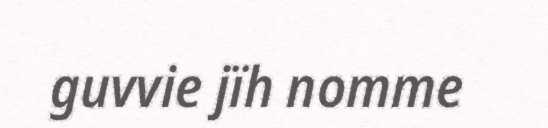
guvvie jïh nomme